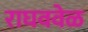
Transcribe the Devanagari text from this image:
राघववेळ